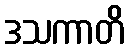
ဒသကာတိ